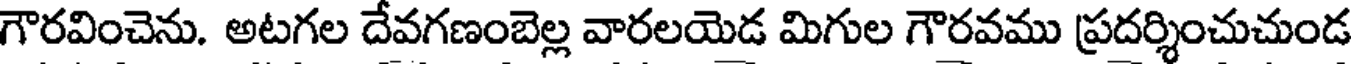
గౌరవించెను. అటగల దేవగణంబెల్ల వారలయెడ మిగుల గౌరవము ప్రదర్శించుచుండ